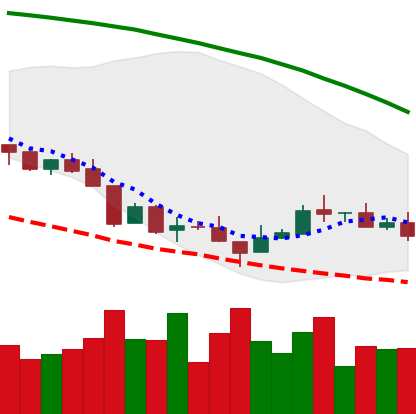
Ticker: XMR-USD
Chart end date: 2018-08-22
Forward return: 16.039%
Label: up_7plus